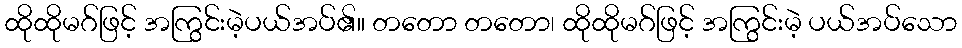
ထိုထိုမဂ်ဖြင့် အကြွင်းမဲ့ပယ်အပ်၏။ တတော တတော၊ ထိုထိုမဂ်ဖြင့် အကြွင်းမဲ့ ပယ်အပ်သော